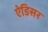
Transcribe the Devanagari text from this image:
ऐडिसर